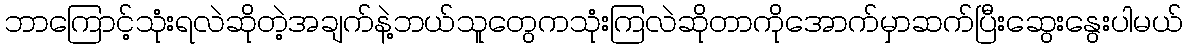
ဘာကြောင့်သုံးရလဲဆိုတဲ့အချက်နဲ့ဘယ်သူတွေကသုံးကြလဲဆိုတာကိုအောက်မှာဆက်ပြီးဆွေးနွေးပါမယ်